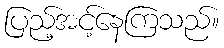
ပြည့်အင့်နေကြသည်။